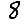
Digit: 8